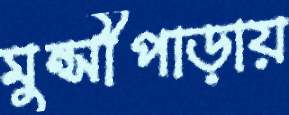
মুন্সীপাড়ায়